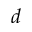
d